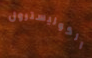
الكوليسترول